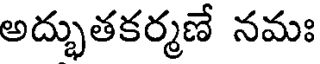
అద్భుతకర్మణే నమః